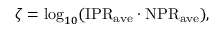
\zeta = \log _ { 1 0 } ( \mathrm { I P R } _ { \mathrm { a v e } } \cdot \mathrm { N P R } _ { \mathrm { a v e } } ) ,